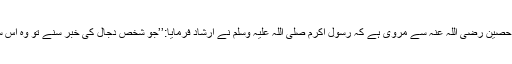
چنانچہ عمران بن حصین رضی اللہ عنہ سے مروی ہے کہ رسول اکرم صلی اللہ علیہ وسلم نے ارشاد فرمایا:’’جو شخص دجال کی خبر سنے تو وہ اس سے دور ہی رہے۔